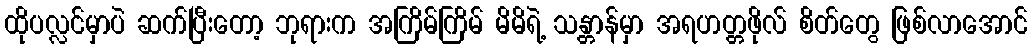
ထိုပလ္လင်မှာပဲ ဆက်ပြီးတော့ ဘုရားက အကြိမ်ကြိမ် မိမိရဲ့ သန္တာန်မှာ အရဟတ္တဖိုလ် စိတ်တွေ ဖြစ်လာအောင်